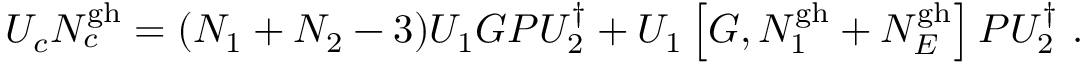
U _ { c } N _ { c } ^ { \mathrm { g h } } = ( N _ { 1 } + N _ { 2 } - 3 ) U _ { 1 } G P U _ { 2 } ^ { \dagger } + U _ { 1 } \left[ G , N _ { 1 } ^ { \mathrm { g h } } + N _ { E } ^ { \mathrm { g h } } \right] P U _ { 2 } ^ { \dagger } \ .